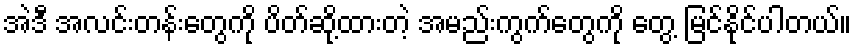
အဲဒီ အလင်းတန်းတွေကို ပိတ်ဆို့ထားတဲ့ အမည်းကွက်တွေကို တွေ့ မြင်နိုင်ပါတယ်။